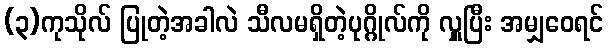
(၃)ကုသိုလ် ပြုတဲ့အခါလဲ သီလမရှိတဲ့ပုဂ္ဂိုလ်ကို လှူပြီး အမျှဝေရင်